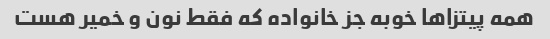
همه پیتزاها خوبه جز خانواده که فقط نون و خمیر هست